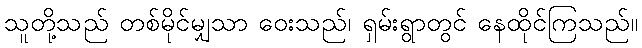
သူတို့သည် တစ်မိုင်မျှသာ ဝေးသည်၊ ရှမ်းရွာတွင် နေထိုင်ကြသည်။